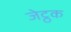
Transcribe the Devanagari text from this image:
जेट्ठक